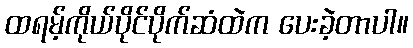
ထရမ့်ကိုယ်ပိုင်ပိုက်ဆံထဲက ပေးခဲ့တာပါ။